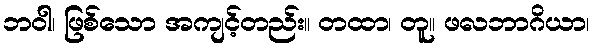
ဘဝါ၊ ဖြစ်သော အကျင့်တည်း။ တထာ၊ တူ။ ဖလဘာဂိယာ၊